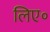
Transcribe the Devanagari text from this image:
लिए॰